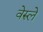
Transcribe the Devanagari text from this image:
वेरुले